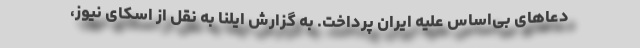
دعاهای بی‌اساس علیه ایران پرداخت. به گزارش ایلنا به نقل از اسکای نیوز،